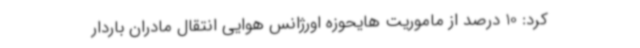
کرد: 10 درصد از ماموریت هایحوزه اورژانس هوایی انتقال مادران باردار